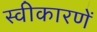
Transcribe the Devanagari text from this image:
स्वीकारणें